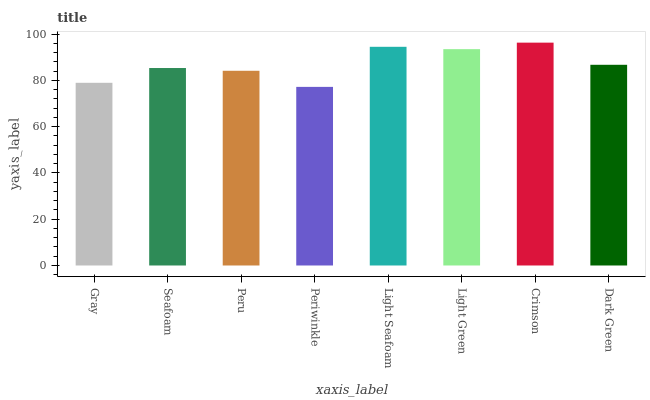
| xaxis_label | bars |
 | --- | --- |
 | Gray | 79 |
 | Seafoam | 85.3 |
 | Peru | 84.1 |
 | Periwinkle | 77.2 |
 | Light Seafoam | 94.5 |
 | Light Green | 93.5 |
 | Crimson | 96.3 |
 | Dark Green | 86.7 |